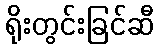
ရိုးတွင်းခြင်ဆီ